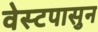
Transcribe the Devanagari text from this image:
वेस्टपासुन